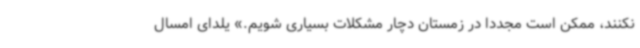
نکنند، ممکن است مجدداً در زمستان دچار مشکلات بسیاری شویم.» یلدای امسال